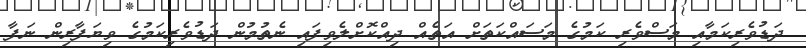
ދަޑުވެރިކަމާއި މަސްވެރި ކަމުގެ މަސައްކަތަށް އަތެއް ދިއްކޮށްލެވިފައި ނެތުމުން ދަޑުވެރިކަމުގެ ވިޔަފާރިން ނަފާ